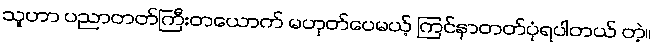
သူဟာ ပညာတတ်ကြီးတယောက် မဟုတ်ပေမယ့် ကြင်နာတတ်ပုံရပါတယ် တဲ့။